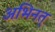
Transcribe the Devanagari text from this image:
अभिनत्